Vital statistics of India. Vol. VI, European troops 1870-79
Year: 1870
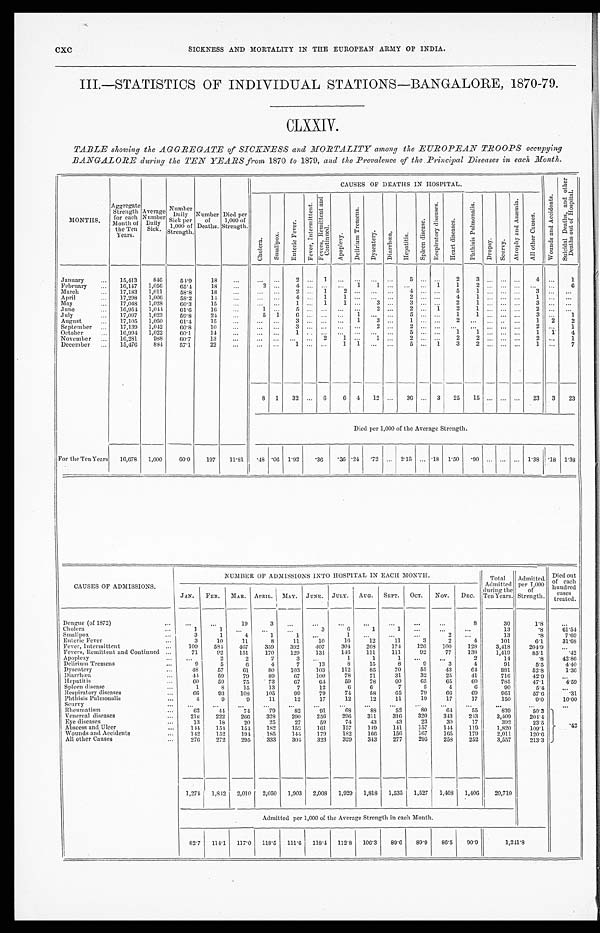
CXC
SICKNESS AND MORTALITY IN THE EUROPEAN ARMY OF INDIA.
III.—STATISTICS OF INDIVIDUAL STATIONS—BANGALORE, 1870-79.
CLXXIV.
TABLE showing the AGGREGATE of SICKNESS and MORTALITY amonq the EUROPEAN TROOPS occupying
BANGALORE during the TEN YEARS from 1870 to 1879, and the Prevalence of the Principal Diseases in each Month.
MONTHS.
Aggr e ga t e St r e ngt h f or e a c h Mo n t h o f t h e Te n Ye a r s .
Aver age Number Dai l y Si ck.
Numbe r Da i l y Si c k pe r 1, 000 of St r e ngt h.
Number of Deaths. Di ed per 1, 000 of St rengt h.
CAUSES OF DEATHS IN HOSPITAL.
W o u n d s a n d A c c i d e n t s .
S u i c i d a l D e a t h s , a n d o t h e r D e a t h s o u t o f H o s p i t a l .
C h o l e r a .
S ma l l p o x .
E n t e r i c F e v e r .
F e v e r , I n t e r m i t t e n t .
F e v e r s , R e m i t t e n t a n d C o n t i n u e d .
Apopl exy.
D e l i r i u m T r e m e n s .
D y s e n t e r y . Di a r r h œa .
H e p a t i t i s .
S p l e e n d i s e a s e .
R e s p i r a t o r y d i s e a s e s .
H e a r t d i s e a s e s .
P h t h i s i s P u l m o n a l i s .
Dropsy.
Se u r v y .
A t r o p h y a n d A n æ m i a .
A l l o t h e r C a u s e s .
January
1 5 , 4 1 3
8 4 6
5 4 . 9
1 8
. . .
. . . . . .
2
. . . 1
. . .
. . .
. . .
. . .
5
. . . . . .
2
3
. . . . . .
. . .
4
. . .
1
February
1 6 , 1 4 7
1 , 0 5 6
6 5 . 4
1 8
. . .
2
. . .
4
. . .
. . .
. . .
1
1
. . .
. . .
. . . 1
1
2
. . . . . .
. . .
. . .
. . .
6
March
1 7 , 1 8 3
1 , 0 1 1
5 8 . 8
1 8
. . .
. . . . . .
2
. . .
1
2
. . .
. . .
. . .
4
. . . . . .
5
1
. . .
. . .
. . .
3
. . .
. . .
April
1 7 , 2 9 8
1 , 0 0 6
5 8 . 2
1 4
. . .
. . . . . .
4
. . .
1
1
. . .
. . .
. . .
2
. . . . . .
4
1
. . . . . .
. . .
1
. . .
. . .
May
1 7 , 0 4 8
1 , 0 2 8
6 0 . 3
1 5
. . .
. . . . . .
1
. . .
1
1
. . .
3
. . .
3
. . . . . .
2
1
. . . . . . . . .
3
. . .
. . .
June
1 6 , 9 5 4
1 , 0 4 4
6 1 . 6
1 6
. . .
1
. . .
5
. . .
. . .
. . .
. . .
2
. . .
2
. . . 1
2
1
. . . . . .
. . .
2
. . .
. . .
July
1 7 , 0 9 7
1 , 0 2 3
5 9 . 8
2 4
. . .
5
1
6
. . .
. . .
. . . 1
. . .
. . .
5
. . . . . .
1
1
. . . . . .
. . .
3
. . . 1
August
1 7 , 1 0 5
1 , 0 5 0
6 1 . 4
1 5
. . .
. . . . . .
3
. . .
. . .
. . .
1
3
. . .
1
. . . . . .
2
. . .
. . . . . .
. . .
1
2
2
September
1 7 , 1 3 9
1 , 0 4 2
6 0 . 8
1 0
. . .
. . .
. . .
3
. . .
. . .
. . .
. . .
2
. . .
2
. . . . . .
. . .
. . .
. . .
. . .
. . .
2
. . .
1
October
1 6 , 9 9 4
1 , 0 2 2
6 0 . 1
1 4
. . .
. . .
. . .
1
. . .
. . .
. . .
. . .
. . .
. . .
5
. . . . . .
1
1
. . . . . .
. . .
1
1
4
November
1 6 , 2 8 1
9 8 8
6 0 . 7
1 3
. . .
. . .
. . .
. . .
. . . 2
1
. . .
1
. . .
2
. . . . . .
2
2
. . . . . .
. . .
2
. . .
1
December
1 5 , 4 7 6
8 8 4
5 7 . 1
2 2
. . .
. . . . . .
1
. . .
. . .
1
1
. . .
. . .
5
. . . 1
3
2
. . .
. . .
. . .
1
. . .
7
8
1
3 2
. . .
6
6
4
1 2
. . .
3 6
. . . 3
2 5
1 5
. . .
. . . . . .
2 3
3
2 3
Died per 1,000 of the Average Strength.
For the Ten Years
16,678
1,000
6 0 . 0
197
1 1 . 8 1
. 4 8 . 0 6
1 . 9 2
.36
. 3 6
. 2 4
. 7 2
. . .
2 . 1 5
. . .
. 1 8
1 . 5 0
. 9 0
. . .
. . .
. . .
1 . 3 8
. 1 8
1 . 3 8
CAUSES OF ADMISSIONS.
NUMBER OF ADMISSIONS INTO HOSPITAL IN EACH MONTH.
T o t a l A d m i t t e d d u r i n g t h e T e n Y e a r s .
Admi t t ed per 1, 000 of St rengt h. Di e d out of e a c h hundr e d c a s e s t r e a t e d.
JAN.
FEB.
MAR.
A P R I L . MAY.
J U N E . JULY. AUG. SEPT. OCT. NOV. DEC.
Dengue (of 1872)
. . .
. . .
1 9
3
. . .
. . .
. . .
. . .
. . .
. . .
. . .
8
3 0
1 . 8
. . .
Cholera
1
1
. . .
. . .
. . .
3
6
1
1
. . .
. . .
. . .
1 3
. 8
6 1 . 5 4
Smallpox
3
1
4
1
1
. . .
1
. . .
. . .
. . .
2
. . .
1 3
. 8
7 . 6 9
Enteric Fever
3
1 0
1 1
8
1 1
1 0
1 6
1 2
1 1
3
2
4
1 0 1
6 . 1
3 1 . 6 8
Fever, Intermittent
1 0 9
5 8 4
4 6 7
3 5 9
3 9 2
4 0 7
3 0 4
2 6 8
1 7 4
1 2 6
1 0 0
1 2 8
3 , 4 1 8
2 0 4 . 9
. . .
Fevers, Remittent and Continued
7 1
9 2
1 5 1
1 7 0
1 2 9
1 3 1
1 4 6
1 1 1
1 1 1
9 2
7 7
1 3 8
1 , 4 1 9
8 5 . 1
. 4 2
Apoplexy
. . .
2
2
2
3
. . .
1
1
1
. . .
. . .
2
1 4
. 8
4 2 . 8 6
Delirium Tremens
9
5
6
4
7
1 3
8
1 5
8
9
3
4
9 1
5 . 5
4 . 4 0
Dysentery
4 8
5 7
6 1
8 0
1 0 3
1 0 3
1 1 2
8 5
7 0
5 5
4 3
6 4
8 8 1
5 2 . 8
1 . 3 6
Diarrhœa
4 4
5 9
7 9
8 9
6 7
1 0 0
7 8
7 1
3 1
3 2
2 5
4 1
7 1 6
4 2 . 9
. . .
Hepatitis
6 0
5 9
7 5
7 3
6 7
6 4
5 9
7 8
6 0
6 5
6 5
6 0
7 8 5
4 7 . 1
4 . 5 9
Spleen disease
1
8
1 5
1 3
7
1 2
6
6
7
5
4
6
9 0
5 . 4
. . .
Respiratory diseases
6 6
9 3
1 0 8
1 0 5
9 9
7 9
7 4
5 8
6 5
7 9
6 6
6 9
9 6 1
5 7 . 6
. 3 1
Phthisis Pulmonalis
4
9
9
1 1
1 2
1 7
1 2
1 2
1 1
1 9
1 7
1 7
1 5 0
9 . 0
1 0 . 0 0
Seurvy
. . .
. . .
. . .
. . .
. . .
. . .
. . .
. . .
. . .
. . .
. . .
. . .
. . .
. . .
. . .
Rheumatism
6 2
4 4
7 4
7 9
8 2
9 1
6 8
8 8
5 2
8 0
6 4
5 5
8 3 9
5 0 . 3
. 4 2
Venereal diseases
2 1 8
2 2 2
2 6 6
3 2 8
2 9 0
2 5 6
2 9 6
3 1 1
3 1 6
3 2 0
3 4 3
2 4 3
3 , 4 0 9
2 0 4 . 4
Eye diseases
1 3
1 8
2 0
2 5
2 7
5 9
7 4
4 3
4 3
2 3
3 0
1 7
3 9 2
2 3 . 5
Abscess and Ulcer
1 4 4
1 5 4
1 5 4
1 8 2
1 5 8
1 6 1
1 5 7
1 4 9
1 4 1
1 5 7
1 4 4
1 1 9
1 , 8 2 0
1 0 9 . 1
Wounds and Accidents
1 4 2
1 5 2
1 9 4
1 8 5
1 4 4
1 7 9
1 8 2
1 6 6
1 5 6
1 6 7
1 6 5
1 7 9
2 , 0 1 1
1 2 0 . 6
All other Causes
2 7 6
2 7 2
2 9 5
3 3 3
3 0 4
3 2 3
3 2 9
3 4 3
2 7 7
2 9 5
2 5 8
2 5 2
3 , 5 5 7
2 1 3 . 3
1 , 2 7 4
1 , 8 4 2
2 , 0 1 0
2 , 0 5 0
1 , 9 0 3
2 , 0 0 8
1 , 9 2 9
1 , 8 1 8
1 , 5 3 5
1 , 5 2 7
1 , 4 0 8
1 , 4 0 6
2 0 . 7 1 0
Admitted per 1,000 of the Average Strength in each Month.
8 2 . 7
1 1 4 . 1
1 1 7 . 0
1 1 8 . 5
1 1 1 . 6
1 1 8 . 4
1 1 2 . 8
1 0 6 . 3
8 9 . 6
8 9 . 9
8 6 . 5
9 0 . 9
1 , 2 4 1 . 8